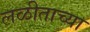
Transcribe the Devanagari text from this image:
लळीताच्या